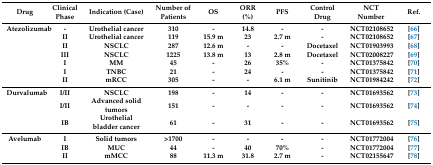
| Drug | Clinical Phase | Indication (Case) | Number of Patients | OS | ORR (%) | PFS | Control Drug | NCT Number | Ref. |
 | --- | --- | --- | --- | --- | --- | --- | --- | --- | --- |
 | Atezolizumab | - | Urothelial cancer | 310 | - | 14.8 | - | - | NCT02108652 | [66] |
 |  | II | Urothelial cancer | 119 | 15.9 m | 23 | 2.7 m | - | NCT02108652 | [67] |
 |  | II | NSCLC | 287 | 12.6 m | - | - | Docetaxel | NCT01903993 | [68] |
 |  | III | NSCLC | 1225 | 13.8 m | 13 | 2.8 m | Docetaxel | NCT02008227 | [69] |
 |  | I | MM | 45 | - | 26 | 35% | - | NCT01375842 | [70] |
 |  | I | TNBC | 21 | - | 24 | - | - | NCT01375842 | [71] |
 |  | II | mRCC | 305 | - | - | 6.1 m | Sunitinib | NCT01984242 | [72] |
 | Durvalumab | I/II | NSCLC | 198 | - | 14 | - | - | NCT01693562 | [73] |
 |  | I/II | Advanced solid tumors | 151 | - | - | - | - | NCT01693562 | [74] |
 |  | IB | Urothelial bladder cancer | 61 | - | 31 | - | - | NCT01693562 | [75] |
 | Avelumab | I | Solid tumors | >1700 | - | - | - | - | NCT01772004 | [76] |
 |  | IB | MUC | 44 | - | 40 | 70% | - | NCT01772004 | [77] |
 |  | II | mMCC | 88 | 11.3 m | 31.8 | 2.7 m | - | NCT02155647 | [78] |